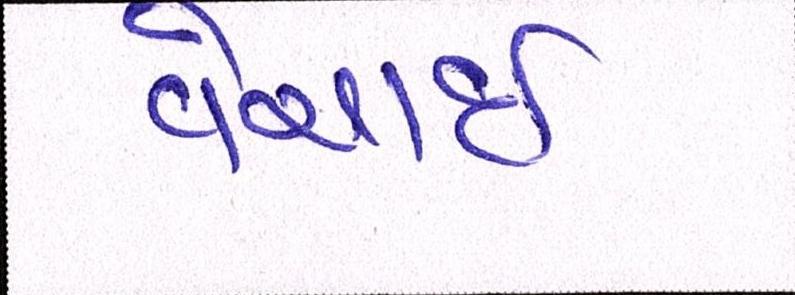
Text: વેચાઈ